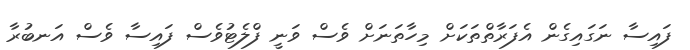
ފައިސާ ނަގައިގެން އެފަރާތްތަކަށް މިހާތަނަށް ވެސް ވަނީ ފްލެޓުވެސް ފައިސާ ވެސް އަނބުރާ